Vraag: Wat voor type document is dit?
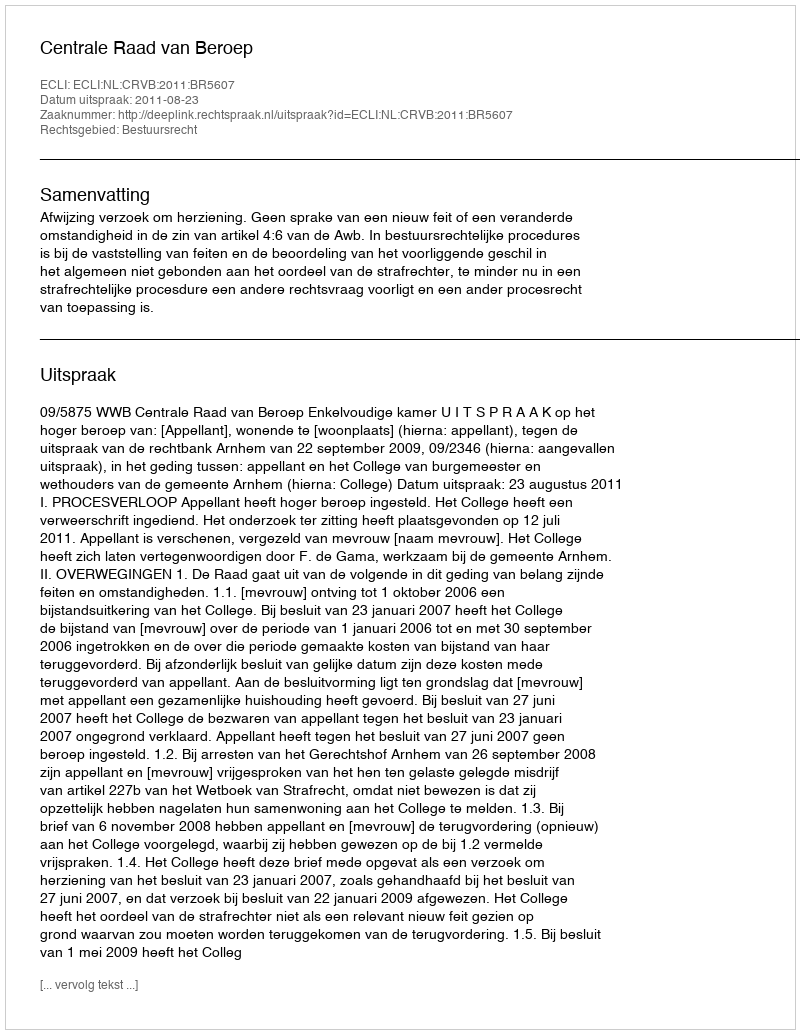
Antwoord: Uitspraak